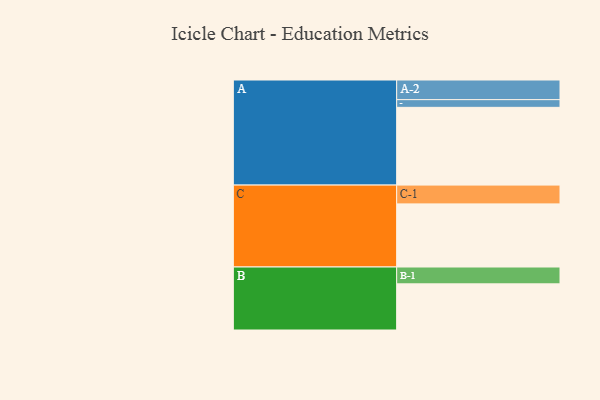
{"axis": {"x": "Segment", "y": "Value"}, "legend": ["", "A", "B", "C"], "data": [{"x": "A", "y": 554, "type": ""}, {"x": "B", "y": 329, "type": ""}, {"x": "C", "y": 450, "type": ""}, {"x": "A-1", "y": 55, "type": "A"}, {"x": "A-2", "y": 140, "type": "A"}, {"x": "B-1", "y": 120, "type": "B"}, {"x": "C-1", "y": 134, "type": "C"}]}